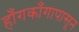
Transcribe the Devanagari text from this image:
हाँगकाँगापासून